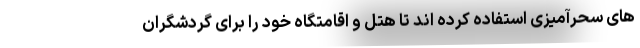
های سحرآمیزی استفاده کرده اند تا هتل و اقامتگاه خود را برای گردشگران